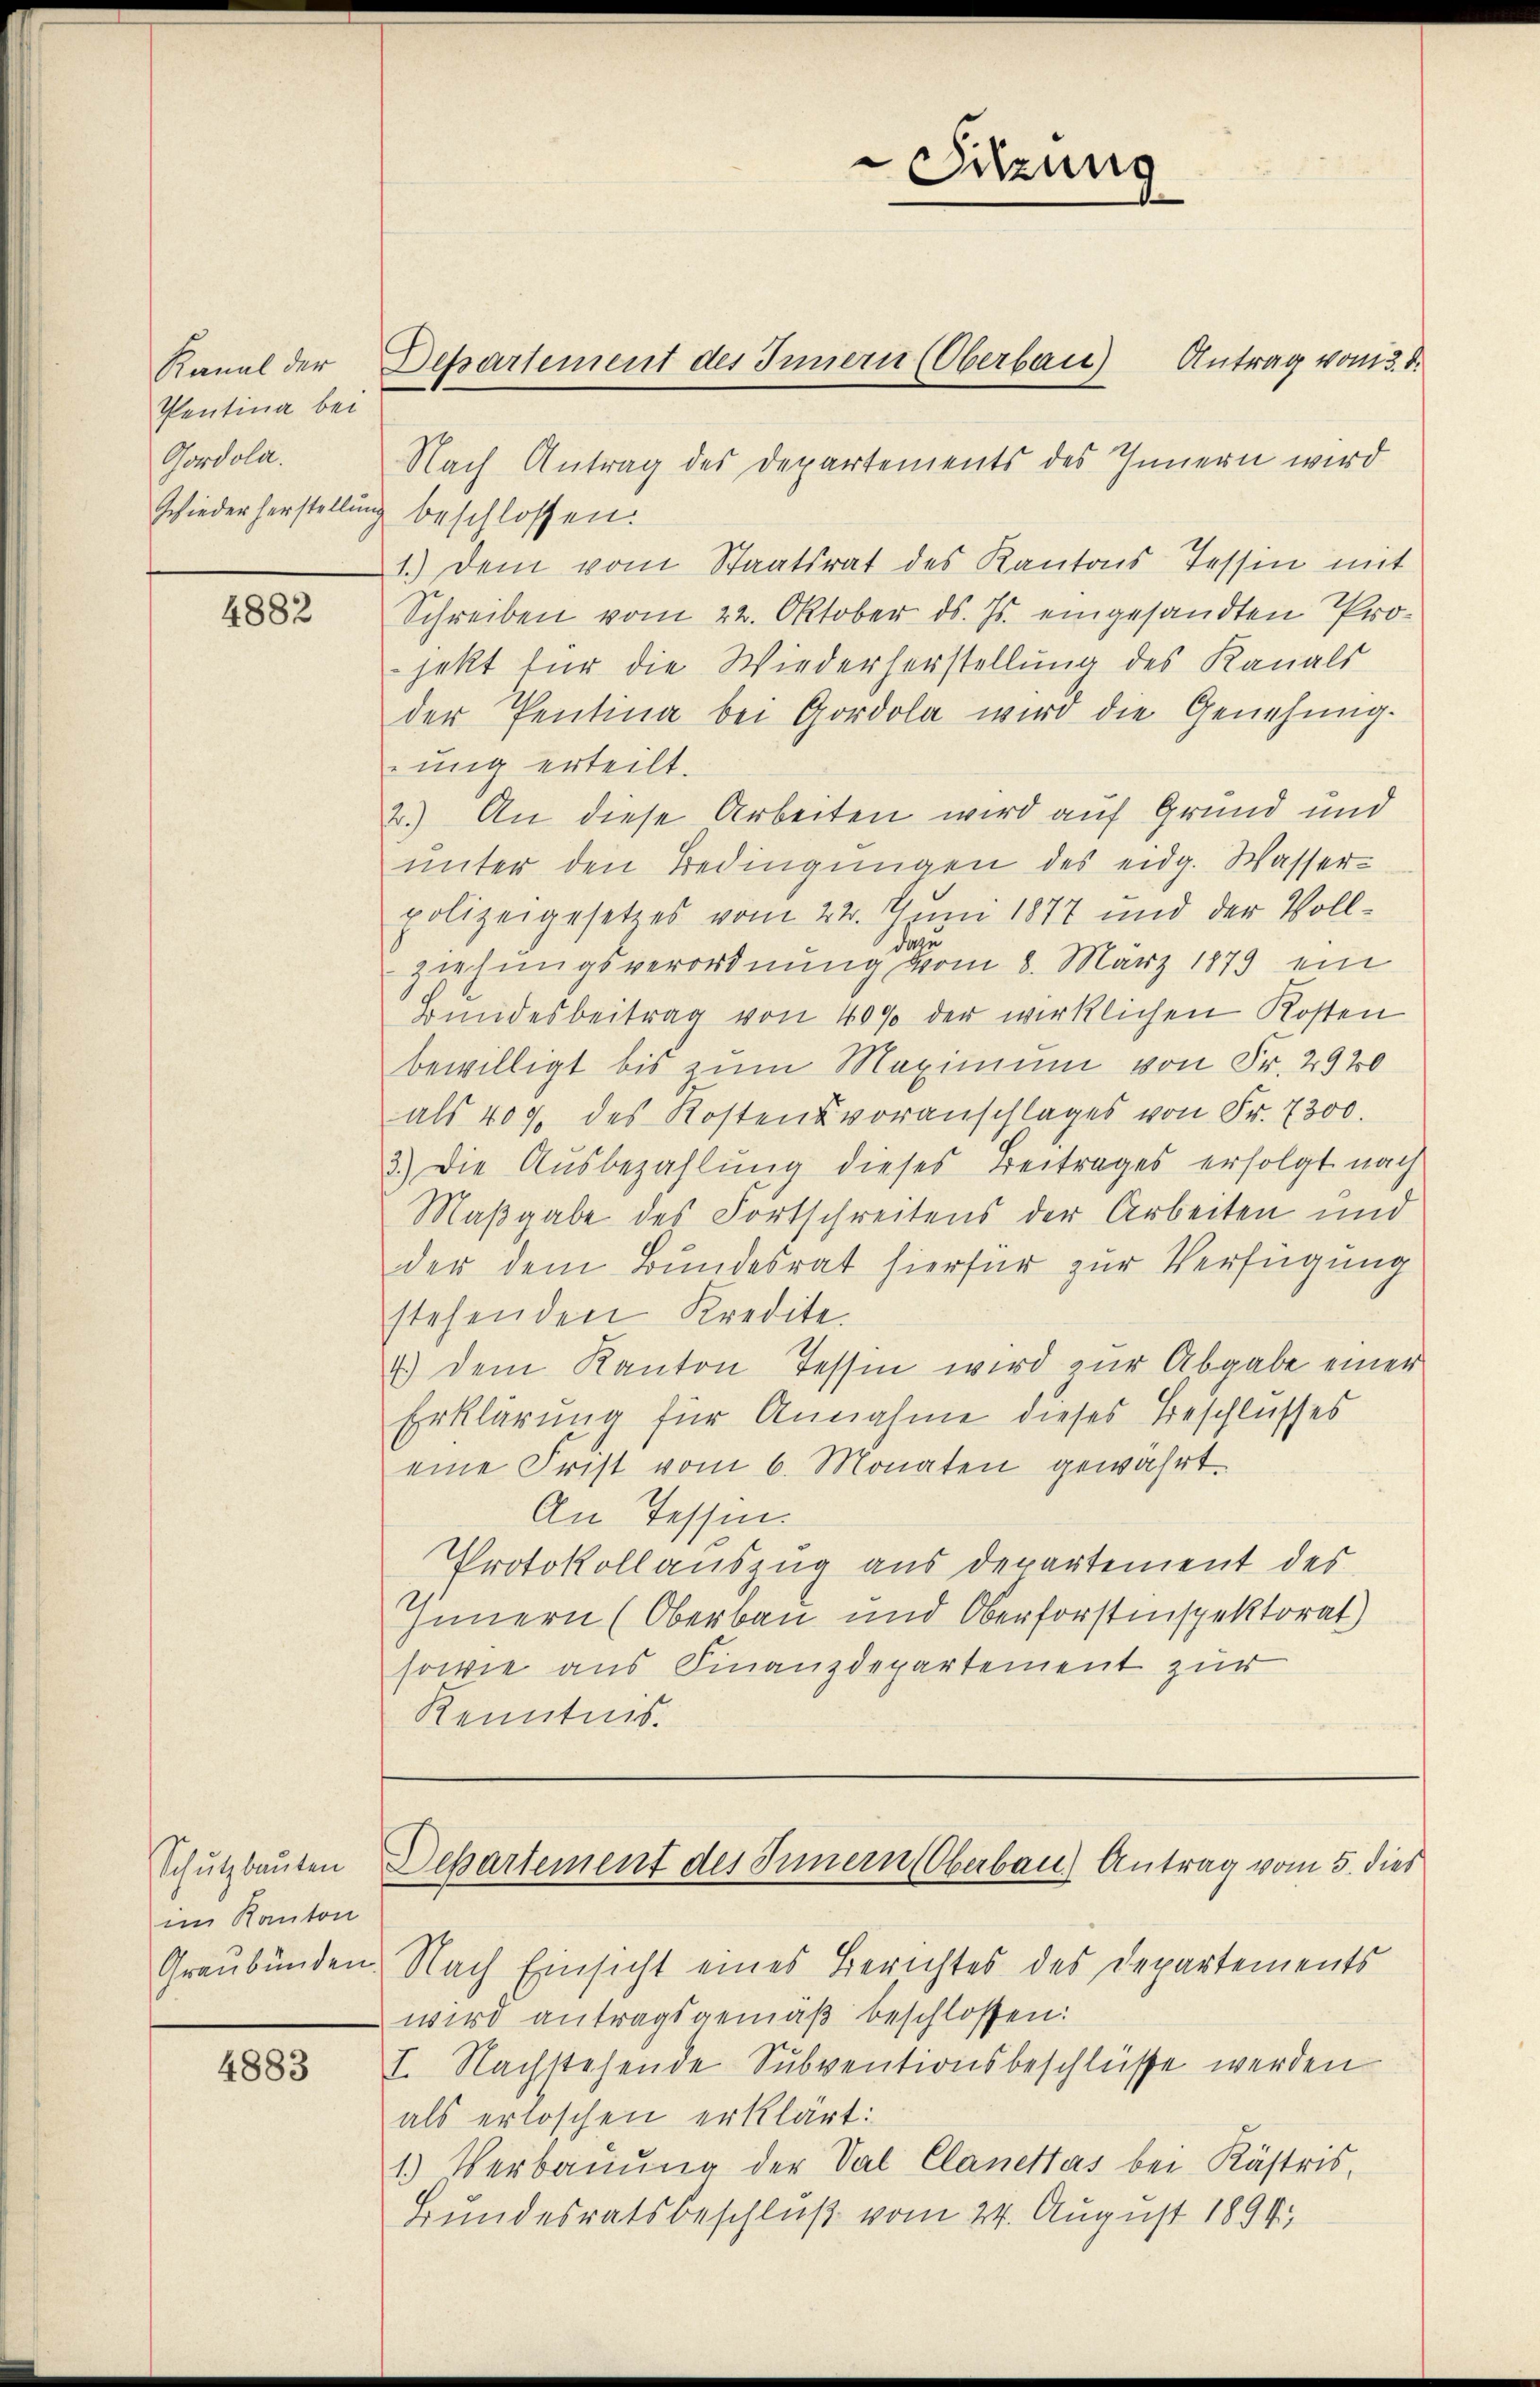
Kanal der
Pentina bei
Gordola.

4882

Schutzbauten
im Kanton

4883

Sitzung

Departement des Innern (Oberbau) Antrag vom 3. d.

Nach Antrag des Departements des Innern wird
Wiederherstellung beschlossen.
1.) Dem vom Staatsrat des Kantons Tessin mit
Schreiben vom 22. Oktober ds. Js. eingesandten Projekt für die Wiederherstellung des Kanals
der Pentina bei Gordola wird die Genehmig-
ung erteilt.
2.) An diese Arbeiten wird auf Grund und
ŭnter den Bedingungen des eidg. Wasser-
polizeigesetzes vom 22. Juni 1877 und der Vollzu
da
ziehungsverordnung vom 8. März 1879 ein
Bundesbeitrag von 40% der wirklichen Kosten
bewilligt bis zum Maximum von Fr. 2920
als 407. des Kostensvoranschlages von Fr. 7300.
3.) Die Ausbezahlung dieses Beitrages erfolgt nach
Maßgabe des Fortschreitens der Arbeiten und
der dem Bundesrat hierfür zur Verfügung
stehenden Kredite.
4.) Dem Kanton Tessin wird zur Abgabe einer
Erklärung für Annahme dieses Beschlusses
eine Frist vom 6. Monaten gewährt.
An Tessin.
Protokollauszug aus Departement des
Innern (Oberbau und Oberforstinspektorat)
sowie aus Finanzdepartement zur
Kenntnis.

Graubünden. Nach Einsicht eines Berichtes des Departements
wird antragsgemäß beschlossen:
I. Nachstehende Subventionsbeschlüsse werden
als erloschen erklärt:
1.) Verbauung der Sal Clanetas bei Kästris,
Bundesratsbeschluß vom 24. August 1894.

Departement des Innern (Oberbau) Antrag vom 5. dies